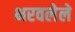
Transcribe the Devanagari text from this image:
भरवलेले